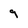
Character: 9